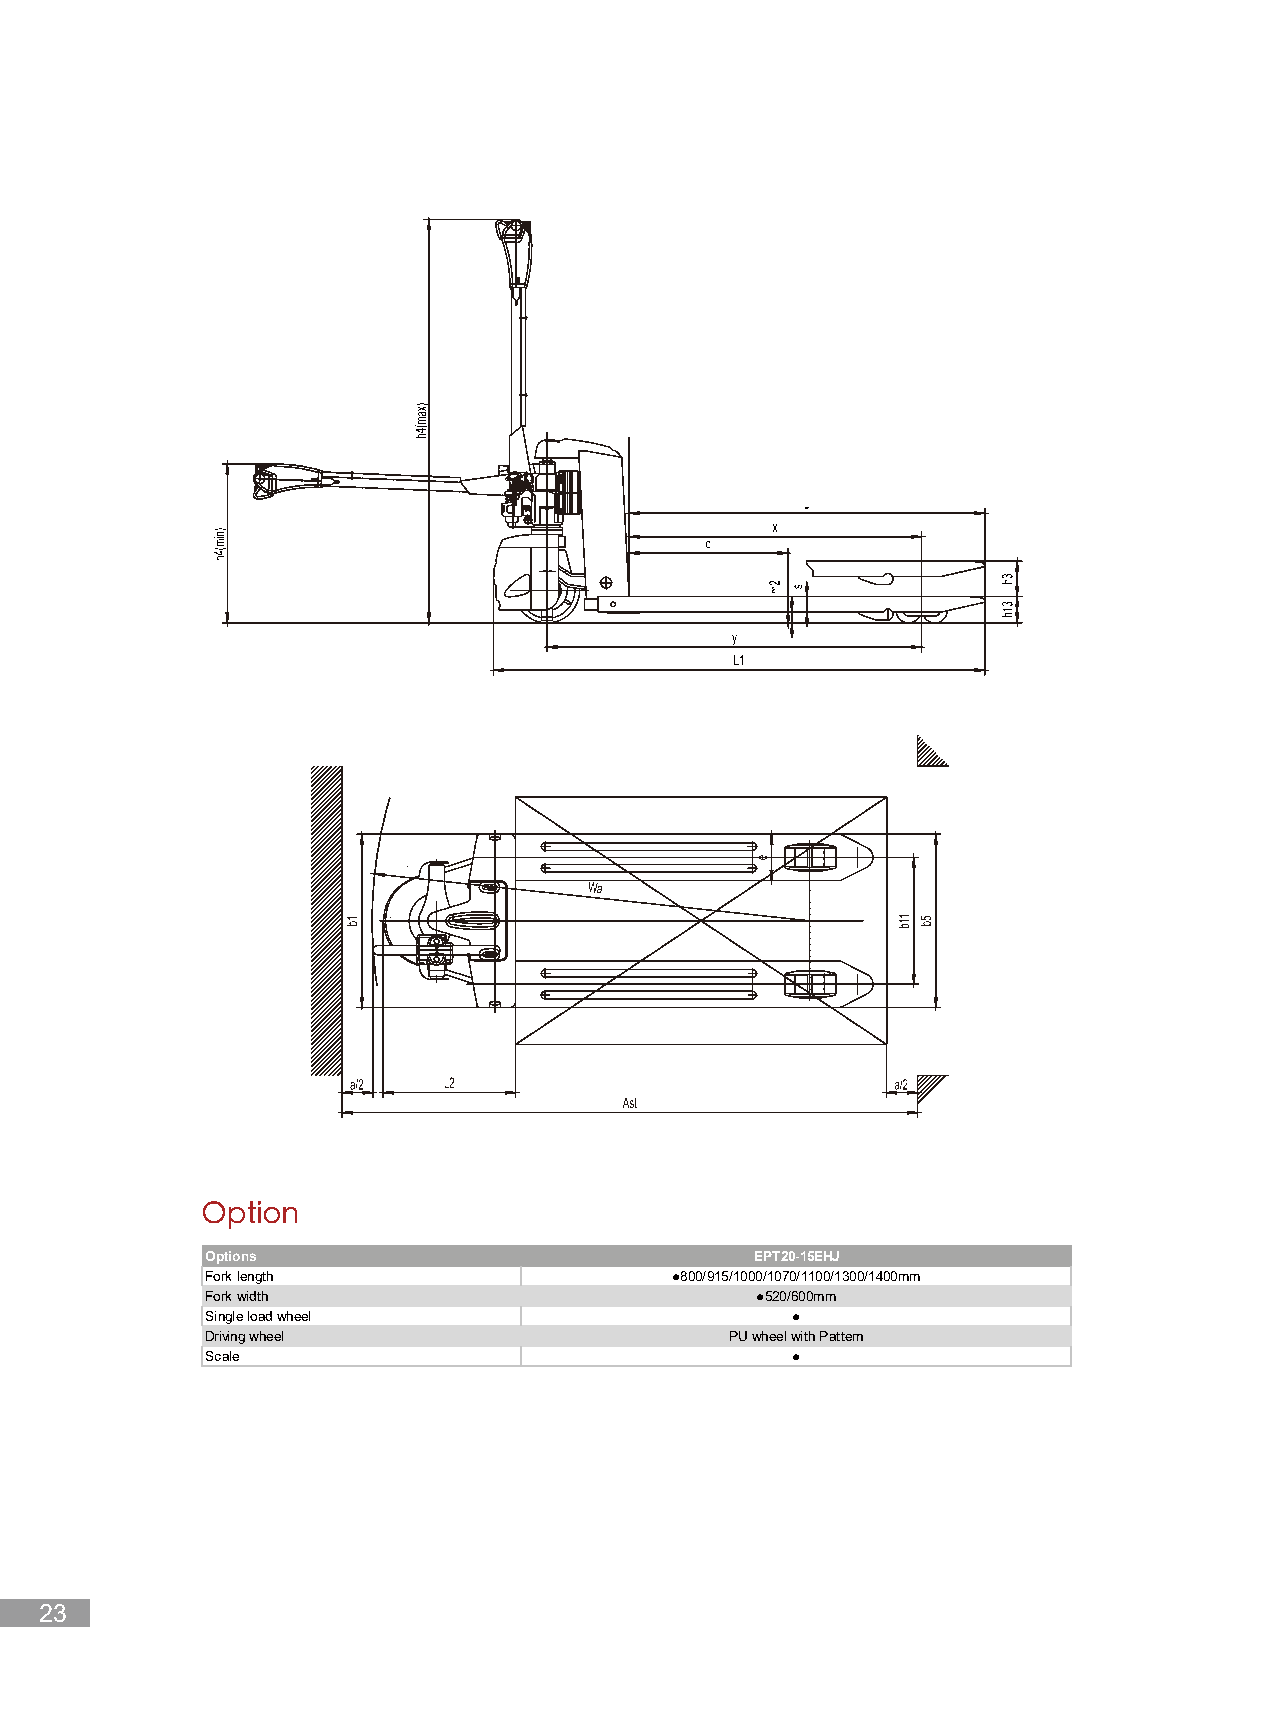
01 02 03 04 05 06 07 08 09                                                      10          11
 Options                             EPT20-15EHJ
 Fork length                   ●800/915/1000/1070/1100/1300/1400mm
 Fork width                          ●520/600mm
 Single load wheel                     ●
 Driving wheel                     PU wheel with Pattern
 Scale                                 ●
 12 13 14 15 16 17 18 19 20 21 22 23
 24 25 26 27 28 29 30 31 32 33                                                34
 35 36 37 38 39 40 41 42 43 44 45
 46 47 48 49 50 51 52 53 54 55                                               56
 57 58 59 60 61 62 63 64